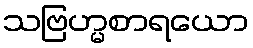
သဗြဟ္မစာရယော